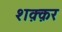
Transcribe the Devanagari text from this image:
शक़्क़र